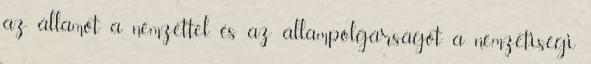
az államot a nemzettel, és az állampolgárságot a nemzetiségi